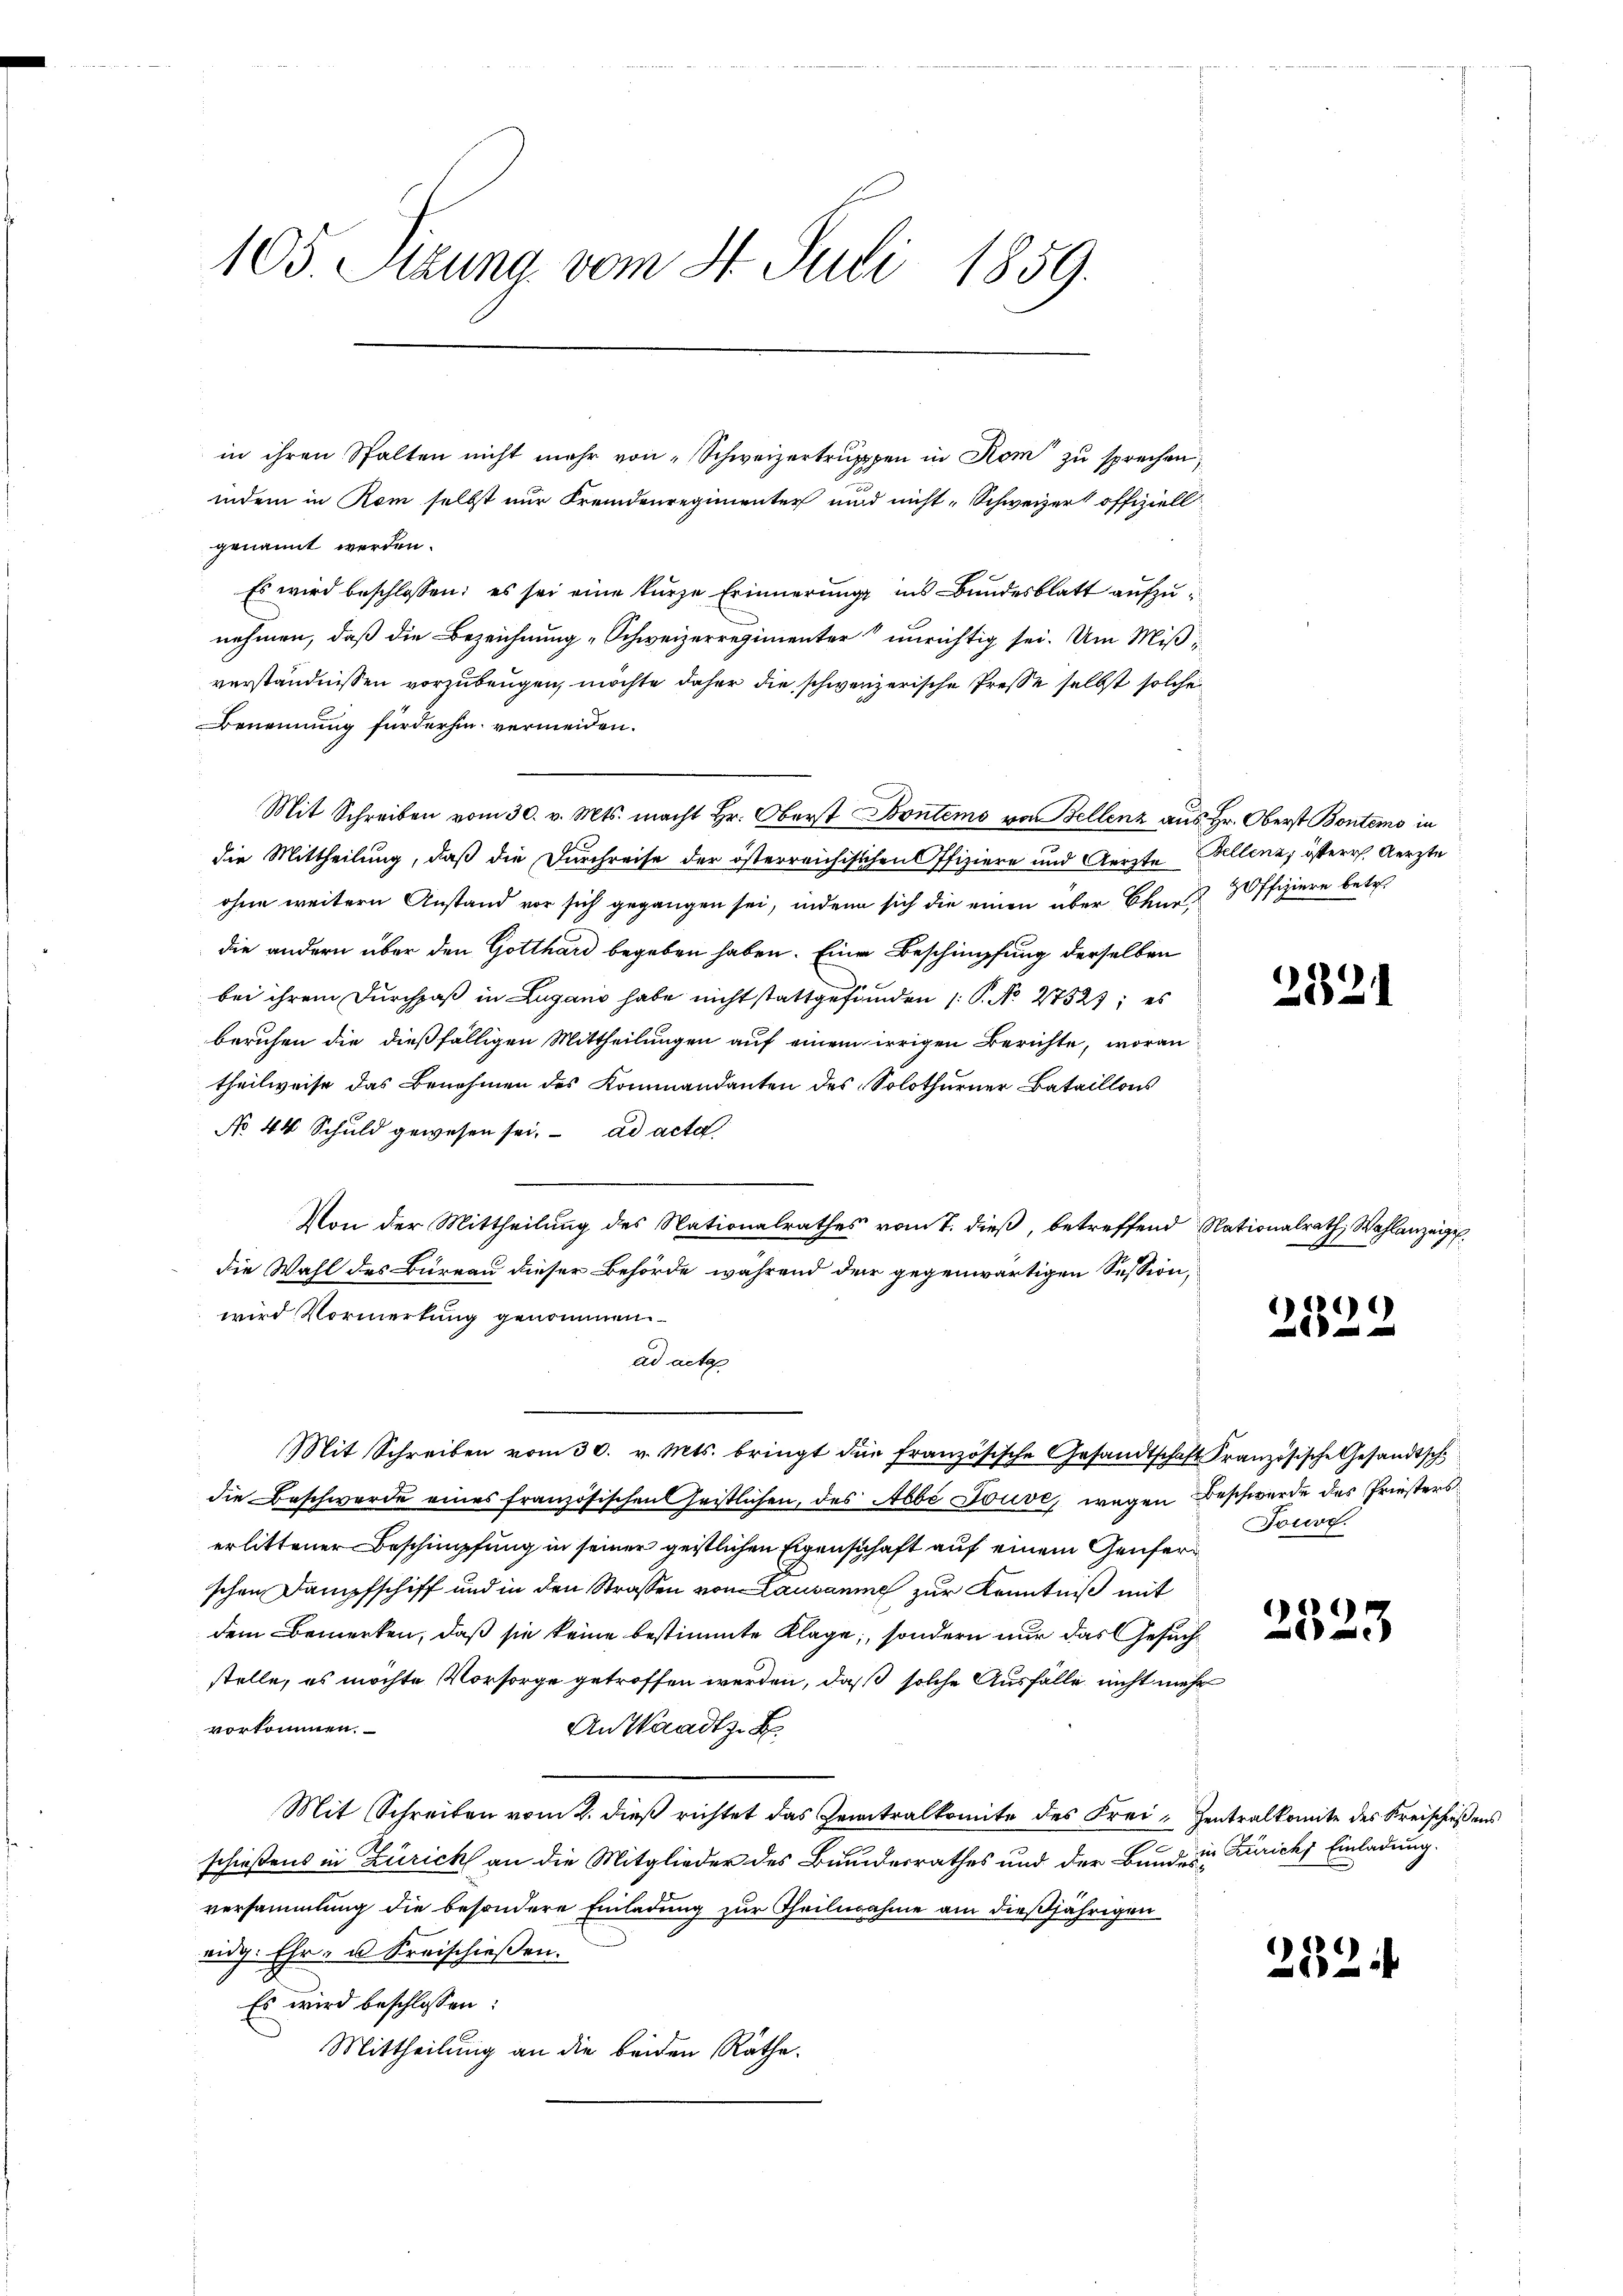
105. Sizung vom 31. Juli 1859.

in ihren Spalten nicht mehr von „Schweizertruppen in Rom zu sprechen,
indem in Rom selbst nur Fremdenregimenter und nicht, Schweizer offiziell
genannt werden.
Es wird beschlossen; es sei eine kurze Erinnerung ins Bundesblatt aufzunehmen, daß die Bezeichnung „Schweizerregimenter unrichtig sei. Um Mißiverständnissen vorzubeugen, möchte daher die schwerzerische Presse selbst solche
Benennung fürderhin vermeiden.
Mit Schreiben vom 30. v. Mts. macht Hr. Oberst Bontems von Bellenz aus Hr. Oberst Bontems in
die Mittheilung, daß die Durchreise der österreichischen Offiziere und Aerzte dellenz, österr. Aerzte
ohne weitern Anstand vor sich gegangen sei, indem sich die einen über Ohne Offiziere betr.
die andern über den Gotthard begeben haben. Eine Beschimpfung derselben
bei ihrem Durchpaß in Lugano habe nicht stattgefunden (: P. No 2752; es
beruhen die dießfälligen Mittheilungen auf einem irrigen Berichte, woran
theilweise das Benehmen des Kommandanten des Solothurner Bataillons
No 44 Schuld gewesen sei. ad acta
Von der Mittheilung des Nationalrathes vom 7. dieß, betreffend Nationalrath, Wahlanzeige
die Wahl des Bureau dieser Behörde während der gegenwärtigen Session,
wird Vormerkung genommen
ad acta
Mit Schreiben vom 30. v. Mts. bringt die französische Gesandtschaft Kranzösische Gesandtsch
die Beschwerde eines französischen Geistlichen, des Abbe Jouve, wegen Beschwerde des Priesters
erlittener Beschimpfung in seiner geistlichen Eigenschaft auf einem Genferschen Dampfschiff und in den Strassen von Lausanne zur Kenntniß mit
dem Bemerken, daß sie keine bestimmte Klage, sondern nur das Gesuchstelle, es möchte Vorsorge getroffen werden, daß solche Ausfälle nicht mehr
vorkommen.
An Waadt B
Mit Schreiben vom 2. dieß richtet das Zeitralkomite des Frei Zentralkomite des Kreischießens
e
schießens in Zürich an die Mitglieder des Bundesrathes und der Bundesversammlung die besondere Einladung zur Theilnahme am dießjährigen
eidg. Ehr- u. Kreischießen.
Es wird beschlossen:
Mittheilung an die beiden Räthe.

2522

Toure.

2521

)
.

in Zürich Einladung.

282.